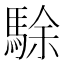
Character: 駼